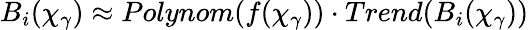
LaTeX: B_{i}(\chi_{\gamma})\approx Polynom(f(\chi_{\gamma}))\cdot Trend(B_{i}(\chi_{\gamma}))